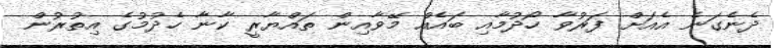
ދެނެގަނެ އެއަށް ފަރުވާ ހޯދުމާއި ބައެއް މޭވާއިން ތައްޔާރީ ކާނާ ހެދުމުގެ އިތުރުން